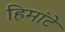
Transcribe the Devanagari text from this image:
हिमांटे